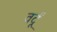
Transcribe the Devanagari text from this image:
वर्दूं